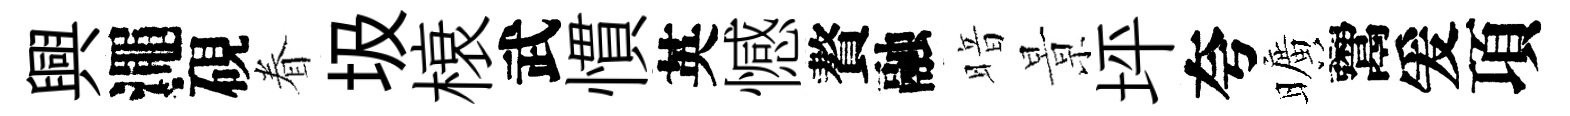
興澠硯眷圾榱武慣英憾贅融暗㬌坪夸曠鬻爰項